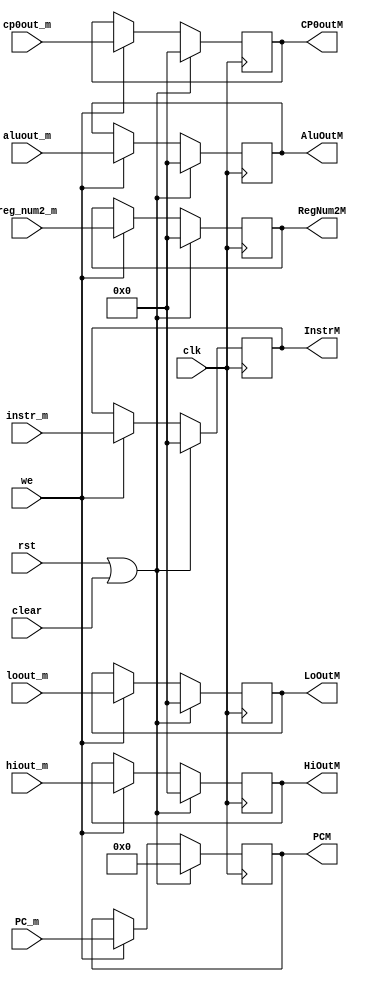

module Reg_M(clk, rst, we, clear, instr_m, PC_m, reg_num2_m, aluout_m, hiout_m, loout_m, cp0out_m, InstrM, PCM, RegNum2M, AluOutM, HiOutM, LoOutM, CP0outM);
    input clk;
	input rst;
	input clear;
	input we;
	input [31:0] instr_m;
	input [31:2] PC_m;
	input [31:0] reg_num2_m;
	input [31:0] aluout_m;
	input [31:0] hiout_m;
	input [31:0] loout_m;
	input [31:0] cp0out_m;
	
	output [31:0] InstrM;
	output [31:2] PCM;
	output [31:0] RegNum2M;
	output [31:0] AluOutM;
	output [31:0] HiOutM;
	output [31:0] LoOutM;
	output [31:0] CP0outM;
	
	reg [31:0] instr_reg;
	reg [31:2] PC_reg;
	reg [31:0] regnum2_reg;
	reg [31:0] aluout_reg;
	reg [31:0] hiout_reg;
	reg [31:0] loout_reg;
	reg [31:0] cp0out_reg;
	
	assign InstrM = instr_reg;
	assign PCM = PC_reg;
	assign RegNum2M = regnum2_reg;
	assign AluOutM = aluout_reg;
	assign HiOutM = hiout_reg;
	assign LoOutM = loout_reg;
	assign CP0outM = cp0out_reg;
	
	always@(posedge clk)
	begin
	    if(rst || clear)
		begin
		    instr_reg = 32'b0;
			PC_reg = 30'b0;
			regnum2_reg = 32'b0;
			aluout_reg = 32'b0;
			hiout_reg = 32'b0;
			loout_reg = 32'b0;
			cp0out_reg = 32'b0;
		end
		else if(we)
		begin
			instr_reg = instr_m;
			PC_reg = PC_m;
			regnum2_reg = reg_num2_m;
			aluout_reg = aluout_m;
			hiout_reg = hiout_m;
			loout_reg = loout_m;
			cp0out_reg = cp0out_m;
		end
		
	end
endmodule